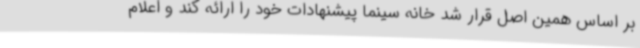
بر اساس همین اصل قرار شد خانه سینما پیشنهادات خود را ارائه کند و اعلام